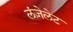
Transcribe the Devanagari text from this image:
लंज़ेलेट